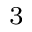
^ 3